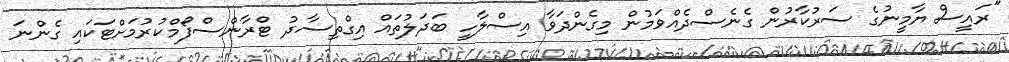
"ރައީސް ޔާމީނުގެ ސަރުކާރުން ގެނެސްދެއްވަމުން މިގެންދަވާ އިސްލާހީ ބަދަލުތައް އިގްތިސާދު ޓްރާންސްފޯމްކުރުމަށްޓަކައި ގެންނަ